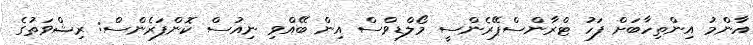
އާންމު އިންތިހާބަށް ފަހު ޓްރާންސްޕޭރެންސީ މޯލްޑިވްސް އިން ބޭއްވި ނިއުސް ކޮންފަރެންސް: ރިޝްވަތުގެ